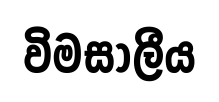
විමසාලීය